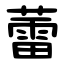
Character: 蕾